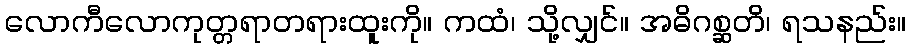
လောကီလောကုတ္တရာတရားထူးကို။ ကထံ၊ သို့လျှင်။ အဓိဂစ္ဆတိ၊ ရသနည်း။